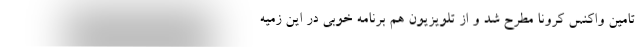
تامین واکنس کرونا مطرح شد و از تلویزیون هم برنامه خوبی در این زمیه